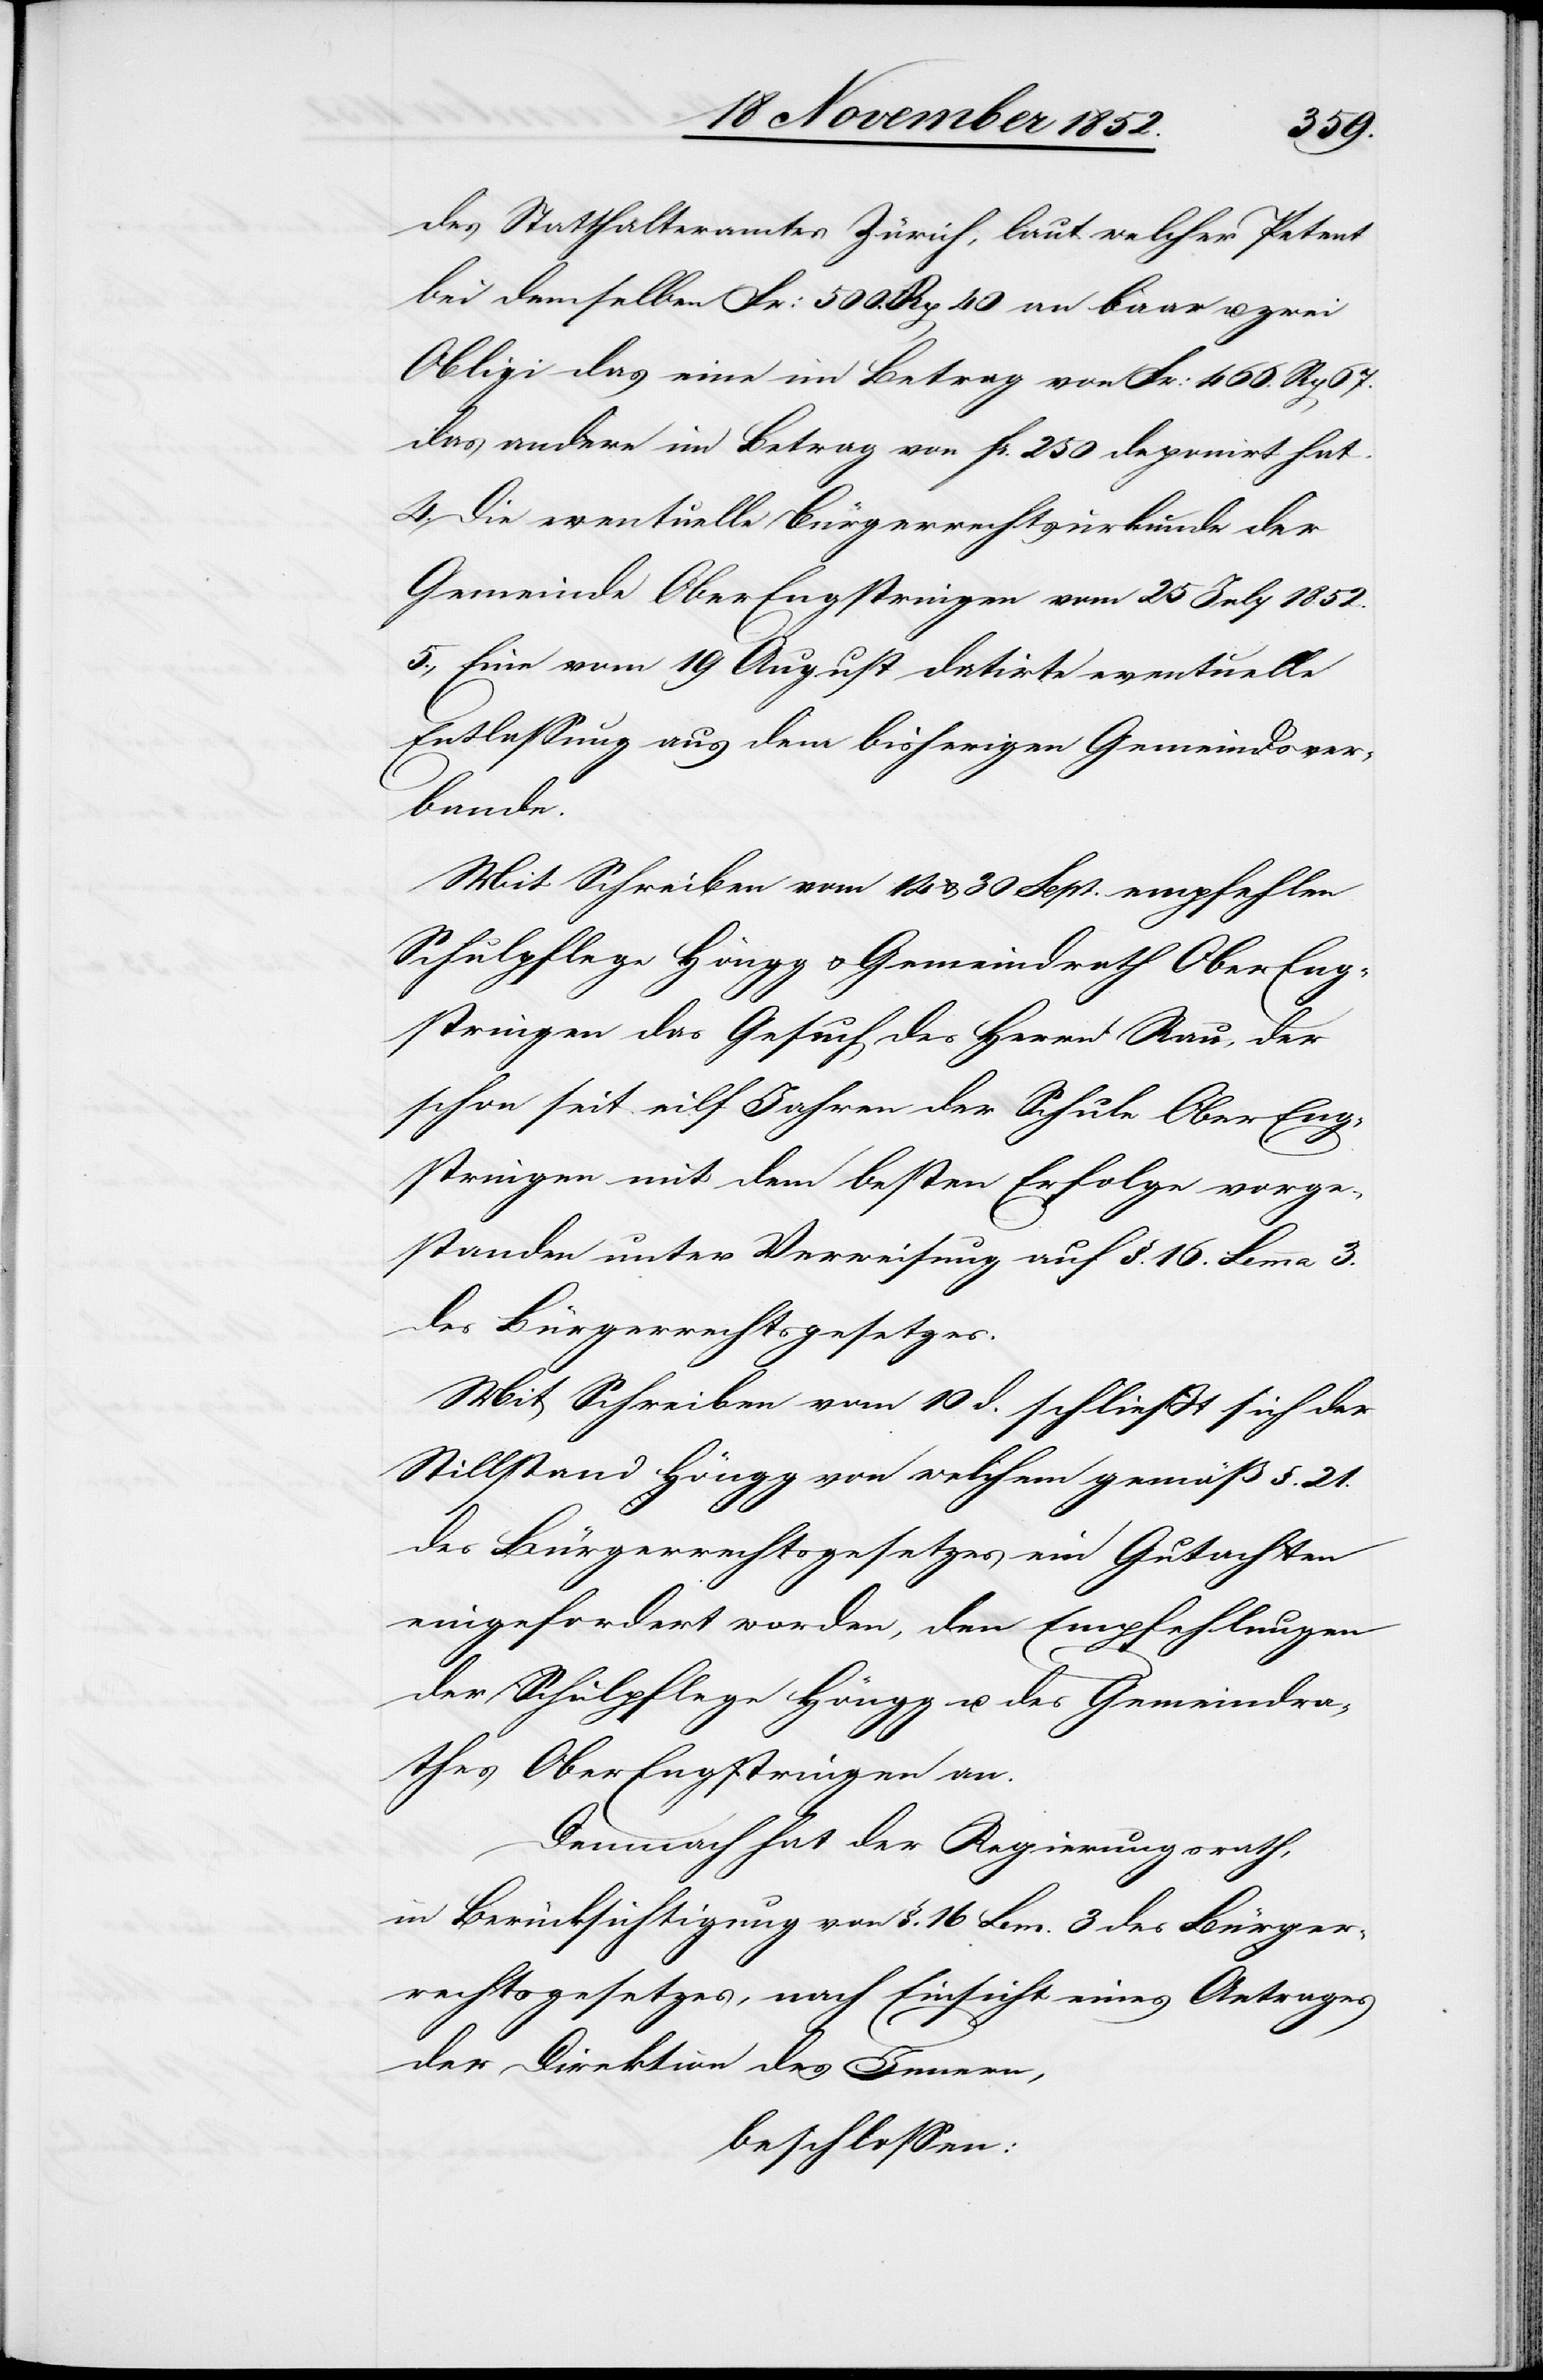
des Statthalteramtes Zürich, laut welcher Petent
bei demselben Fr: 500. Rp 40 an baar u. zwei
Obligi das eine im Betrag von Fr: 466. Rp 67.
das andere im Betrag von Fr. 250 deponirt hat.
Die eventuelle Bürgerrechtsurkunde der
Gemeinde Ober Engstringen vom 25 July 1852.
Eine vom 19 August datirte eventuelle
Entlassung aus dem bisherigen Gemeidsver¬
bande.
Mit Schreiben vom 14 & 30 Sept. empfehlen
Schulpflege Höngg & Gemeindrath Ober Eng¬
stringen das Gesuch des Herrn Rau, der
schon seit eilf Jahren der Schule Ober Eng¬
stringen mit dem besten Erfolge vorge¬
standen unter Verweisung auf §. 16. Lemma 3.
des Bürgerrechtsgesetzes.
Mit Schreiben vom 10 d. schließt sich der
Stillstand Höngg von welchem gemäß §. 21.
des Bürgerrechtsgesetzes ein Gutachten
eingefordert worden, den Empfehlungen
der Schulpflege Höngg u. des Gemeindra¬
thes Ober Engstringen an.
Demnach hat der Regierungsrath,
in Berücksichtigung von §. 16 Lem. 3 des Bürger¬
rechtsgesetzes, nach Einsicht eines Antrages
der Direktion des Innern,
beschlossen: